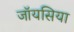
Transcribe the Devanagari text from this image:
जॉयसिया